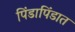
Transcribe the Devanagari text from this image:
पिंडापिंडात